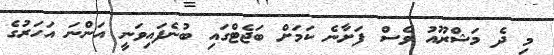
މި ދެ މަޝްރޫއު ވެސް ފަށާނެ ކަމަށް ބަޖެޓްގައި ބުނެފައިވަނީ އަންނަ އަހަރުގެ